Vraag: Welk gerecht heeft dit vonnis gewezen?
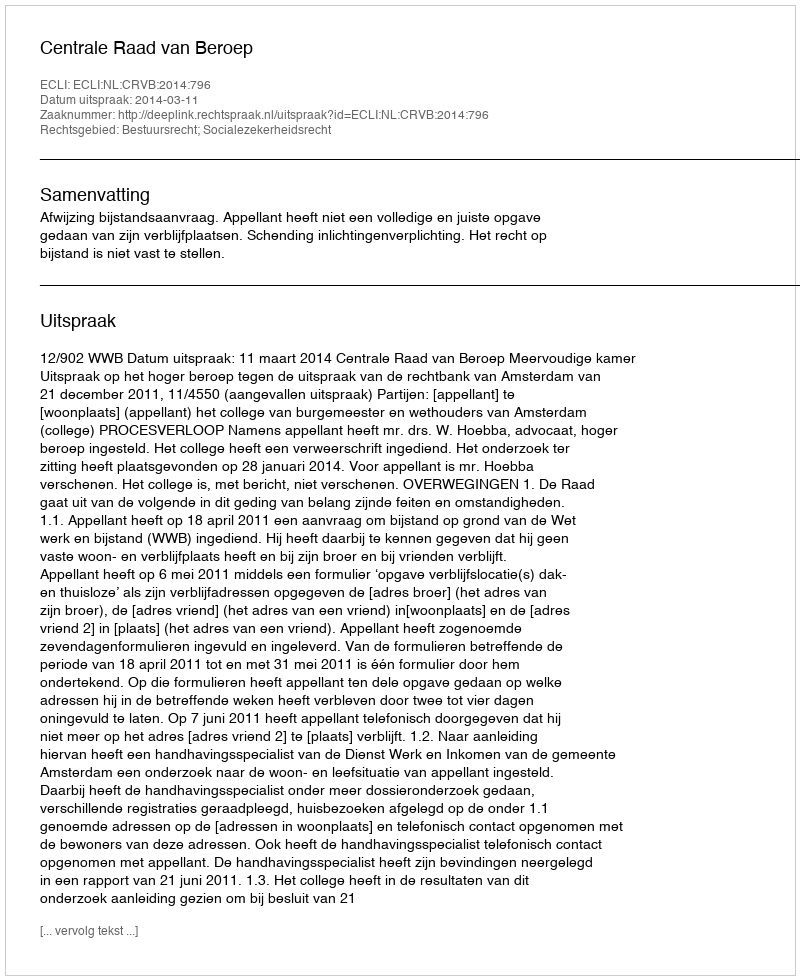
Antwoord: Centrale Raad van Beroep